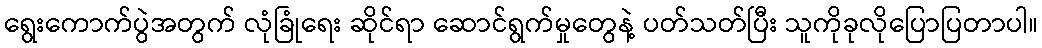
ရွေးကောက်ပွဲအတွက် လုံခြုံရေး ဆိုင်ရာ ဆောင်ရွက်မှုတွေနဲ့ ပတ်သတ်ပြီး သူကိုခုလိုပြောပြတာပါ။